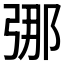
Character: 𫸶